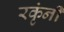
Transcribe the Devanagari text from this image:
रकृंनी